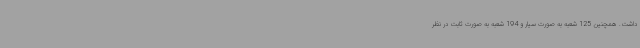
داشت. همچنین 125 شعبه به صورت سیار و 194 شعبه به صورت ثابت در نظر